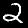
Label: 2